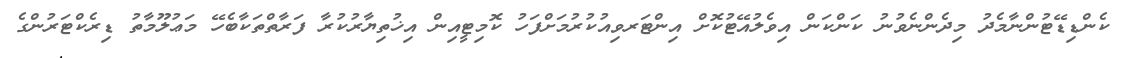
ކެންޑިޑޭޓުންނާމެދު މިދެންްނެވުނު ކަންކަން އިވެލުއޭޓުކޮށް އިންޓަރވިއުކުރުމަށްފަހު ކޮމިޓީއިން އިޚުތިޔާރުކުރާ ފަރާތްތަކާބެހޭ މަޢުލޫމާތު ޑިރެކްޓަރުންގެ